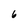
Character: 6